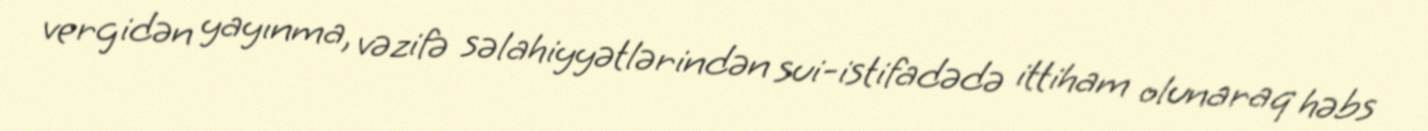
vergidən yayınma, vəzifə səlahiyyətlərindən sui-istifadədə ittiham olunaraq həbs